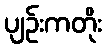
ပျဉ်းကတိုး